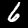
Digit: 6